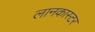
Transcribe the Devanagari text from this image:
लानकास्टर